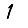
Digit: 1